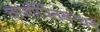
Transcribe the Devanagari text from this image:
कर्णार्पितबन्धनं